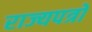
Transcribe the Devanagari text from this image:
राज्यपत्रों